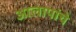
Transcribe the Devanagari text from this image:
आलापांचे